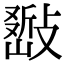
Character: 𢿚